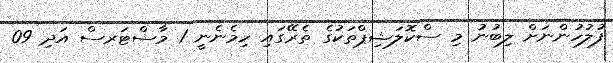
ފުލުހުންނަށް ލިބުނު މި ސްކޮލަޝިޕްތަކުގެ ތެރޭގައި ހިމެނެނީ 1 މާސްޓަރސް އަދި 09